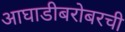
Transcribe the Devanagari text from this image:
आघाडीबरोबरची